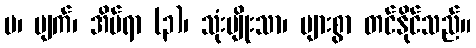
ပ၊ မျက်၊ အိပ်ရာ (၃)၊ သုံးမျိုးသာ၊ များစွာ တင်နိုင်သည်။